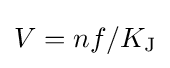
V=nf/K_{\text{J}}